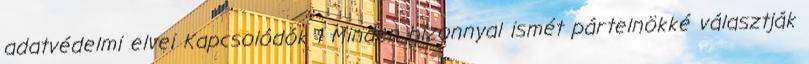
adatvédelmi elvei Kapcsolódók 1 Minden bizonnyal ismét pártelnökké választják